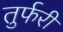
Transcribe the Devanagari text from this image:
तुर्फरी